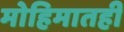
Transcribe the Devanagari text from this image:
मोहिमातही